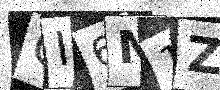
Text: QI6M1Z